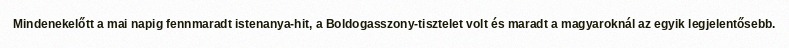
Mindenekelőtt a mai napig fennmaradt istenanya-hit, a Boldogasszony-tisztelet volt és maradt a magyaroknál az egyik legjelentősebb.